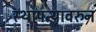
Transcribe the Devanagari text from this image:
स्थापत्यावरुन